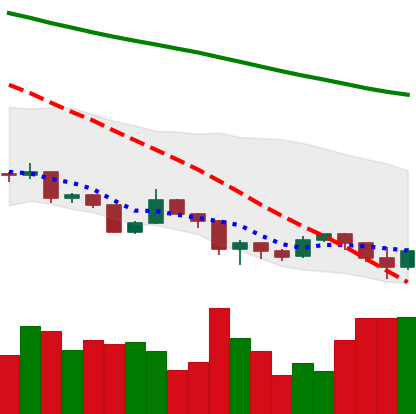
Ticker: XLM-USD
Chart end date: 2019-08-23
Forward return: -3.772%
Label: down_3_5